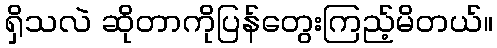
ရှိသလဲ ဆိုတာကိုပြန်တွေးကြည့်မိတယ်။